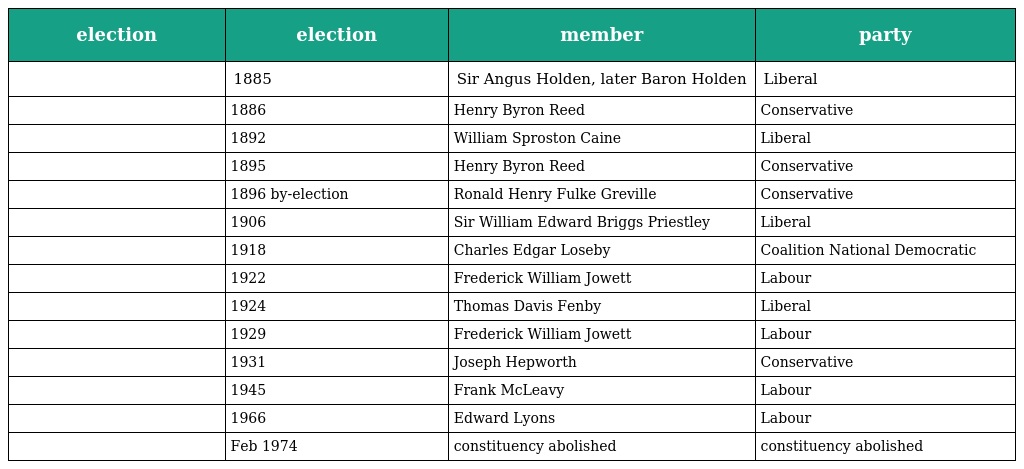
| election | election | member | party |
 | --- | --- | --- | --- |
 |  | 1885 | Sir Angus Holden, later Baron Holden | Liberal |
 |  | 1886 | Henry Byron Reed | Conservative |
 |  | 1892 | William Sproston Caine | Liberal |
 |  | 1895 | Henry Byron Reed | Conservative |
 |  | 1896 by-election | Ronald Henry Fulke Greville | Conservative |
 |  | 1906 | Sir William Edward Briggs Priestley | Liberal |
 |  | 1918 | Charles Edgar Loseby | Coalition National Democratic |
 |  | 1922 | Frederick William Jowett | Labour |
 |  | 1924 | Thomas Davis Fenby | Liberal |
 |  | 1929 | Frederick William Jowett | Labour |
 |  | 1931 | Joseph Hepworth | Conservative |
 |  | 1945 | Frank McLeavy | Labour |
 |  | 1966 | Edward Lyons | Labour |
 |  | Feb 1974 | constituency abolished | constituency abolished |